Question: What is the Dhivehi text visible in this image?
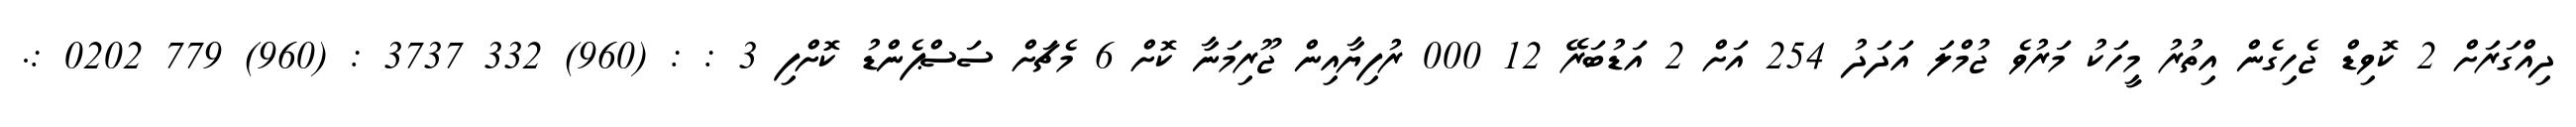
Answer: ދިއްގަރަށް 2 ކޮވިޑް ޖެހިގެން އިތުރު މީހަކު މަރުވެ ޖުމްލަ އަދަދު 254 އަށް 2 އަޑުބަރޭ 12 000 ރުފިޔާއިން ޖޫރިމަނާ ކޮށް 6 މެޗަށް ސަސްޕެންޑު ކޮށްފި 3 : : (960) 332 3737 : (960) 779 0202 :.